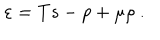
LaTeX: \varepsilon = T s - p + \mu \rho \ .